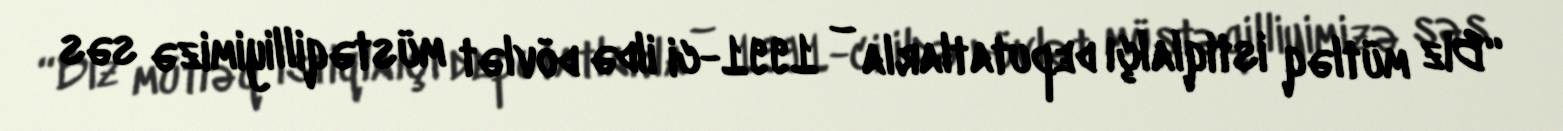
“Biz mütləq istiqlalçı deputatlarla – 1991-ci ildə dövlət müstəqilliyimizə səs